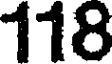
118